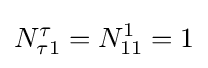
N_{\tau 1}^{\tau }=N_{11}^{1}=1